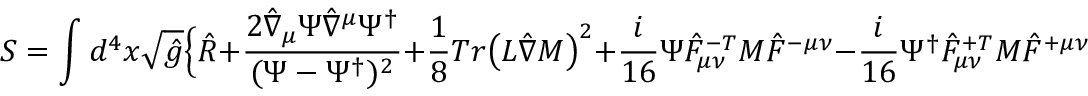
S = \int d ^ { 4 } x \sqrt { \hat { g } } \Bigl \{ \hat { R } + \frac { 2 \hat { \nabla } _ { \mu } \Psi \hat { \nabla } ^ { \mu } \Psi ^ { \dagger } } { ( \Psi - \Psi ^ { \dagger } ) ^ { 2 } } + \frac { 1 } { 8 } T r \bigl ( { \cal L } \hat { \nabla } { \cal M } \bigr ) ^ { 2 } + \frac { i } { 1 6 } \Psi \hat { \cal F } _ { \mu \nu } ^ { - T } { \cal M } \hat { \cal F } ^ { - \mu \nu } - \frac { i } { 1 6 } \Psi ^ { \dagger } \hat { \cal F } _ { \mu \nu } ^ { + T } { \cal M } \hat { \cal F } ^ { + \mu \nu } \Bigr \}